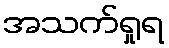
အသက်ရှုရ